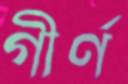
গীর্ণ